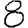
Digit: 8